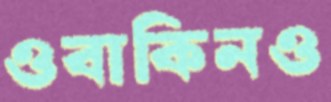
ওবাকিনও